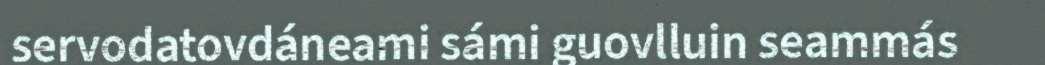
servodatovdáneami sámi guovlluin seammás